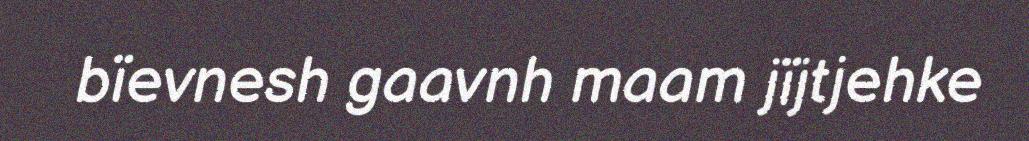
bïevnesh gaavnh maam jïjtjehke